Report of the King Institute of Preventive Medicine, Guindy
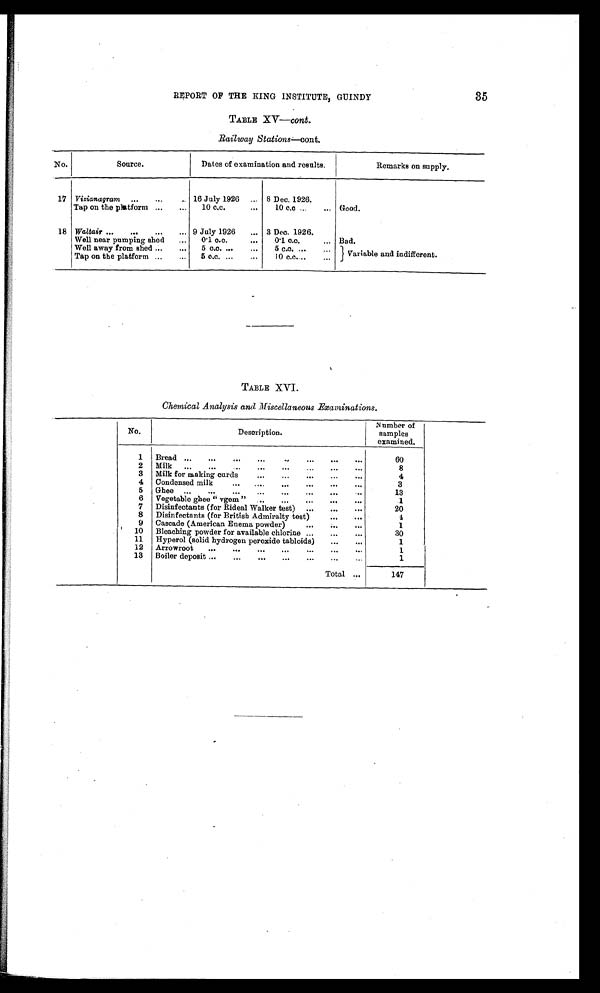
REPORT OF THE KING INSTITUTE, GUINDY
35
TABLE XV—cont.
Railway Stations—cont.
No.
Source.
Dates of examination and results
Remarks on supply.
17 Vizianagram ...
,..
.. 16 J uly 1926
8 Dec. 1926.
Tap on the platform ...
...
10 c.c.
...
10 c.c ...
... Good.
18 Waltair ...
...
...
... 9 July 1926
... 3 Dec. 1926.
Well near pumping shed
...
0.1 c.c.
•••
0.1 c.c.
... Bad.
Well away from shed ...
...
Tap on the platform ...
5 c.c. ... ...
5 c.c.
...
5 c.c. ...
10 c.c .
...
Variable and indifferent.
TABLE XVI.
Chemical Analysis and Miscellaneous Examinations.
.
•
No.
Description.
Number of
samples
examined.
1
Bread ...
...
...
•••
..
•••
...
60
2
Milk
...
..•
..
...
0.4
...
8
3 Milk for making curds
•••
...
.••
...
•••
4
4 Condensed milk
...
...
....
•••
3
5
Ghee ...
...
•••
..•
•••
...
•••
...
13
6
Vegetable ghee " vgem "
..
...
...
•••
1
7
Disinfectants (for Rideal Walker test)...
...
...
20
8
Disinfectants (for British Admiralty test)
...
1
9
Cascade (American Enema powder)...
1
' 10 Bleaching powder for available chlorine ...
•••
•11•
30
11
Hyperol (solid hydrogen peroxide tabloids)
...
...
1
12
Arrowroot
...
•••
•••
...
...
...
..•
1
13
Boiler deposit ...
...
... •••
•••
..
1
Total ...
147